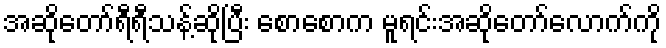
အဆိုတော်ရီရီသန့်ဆိုပြီး စောစောက မူရင်းအဆိုတော်လောက်ကို